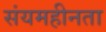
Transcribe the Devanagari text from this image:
संयमहीनता